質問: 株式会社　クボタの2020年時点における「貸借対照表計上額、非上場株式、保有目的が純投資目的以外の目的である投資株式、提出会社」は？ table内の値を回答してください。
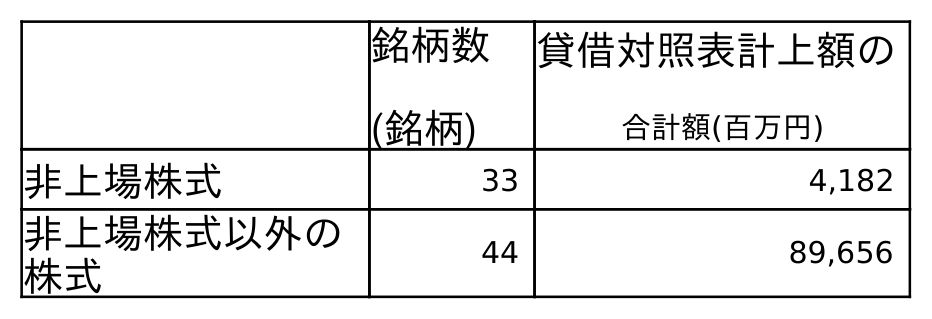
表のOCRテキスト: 銘柄数 (銘柄) 貸借対照表計上額の 合計額(百万円) 非上場株式 33 4,182 非上場株式以外の 株式 44 89,656
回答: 4,182